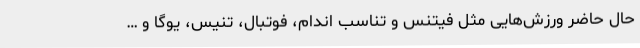
حال حاضر ورزش‌هایی مثل فیتنس و تناسب اندام، فوتبال، تنیس، یوگا و …